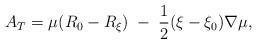
LaTeX: \begin{align*}A_{T}=\mu(R_{0}-R_{\xi})\;-\;\frac{1}{2}(\xi-\xi_{0})\nabla\mu,\end{align*}